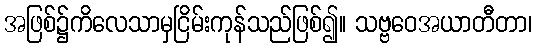
အဖြစ်၌ကိလေသာမှငြိမ်းကုန်သည်ဖြစ်၍။ သဗ္ဗဝေအယာတီတာ၊